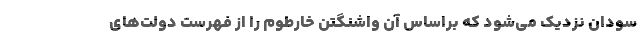
سودان نزدیک می‌شود که براساس آن واشنگتن خارطوم را از فهرست دولت‌های